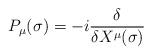
LaTeX: \begin{align*}P_\mu (\sigma )=-i\frac \delta {\delta X^\mu (\sigma )} \end{align*}